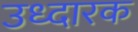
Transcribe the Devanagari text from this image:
उध्दारक